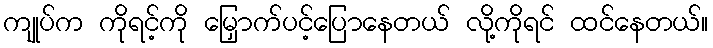
ကျုပ်က ကိုရင့်ကို မြှောက်ပင့်ပြောနေတယ် လို့ကိုရင် ထင်နေတယ်။